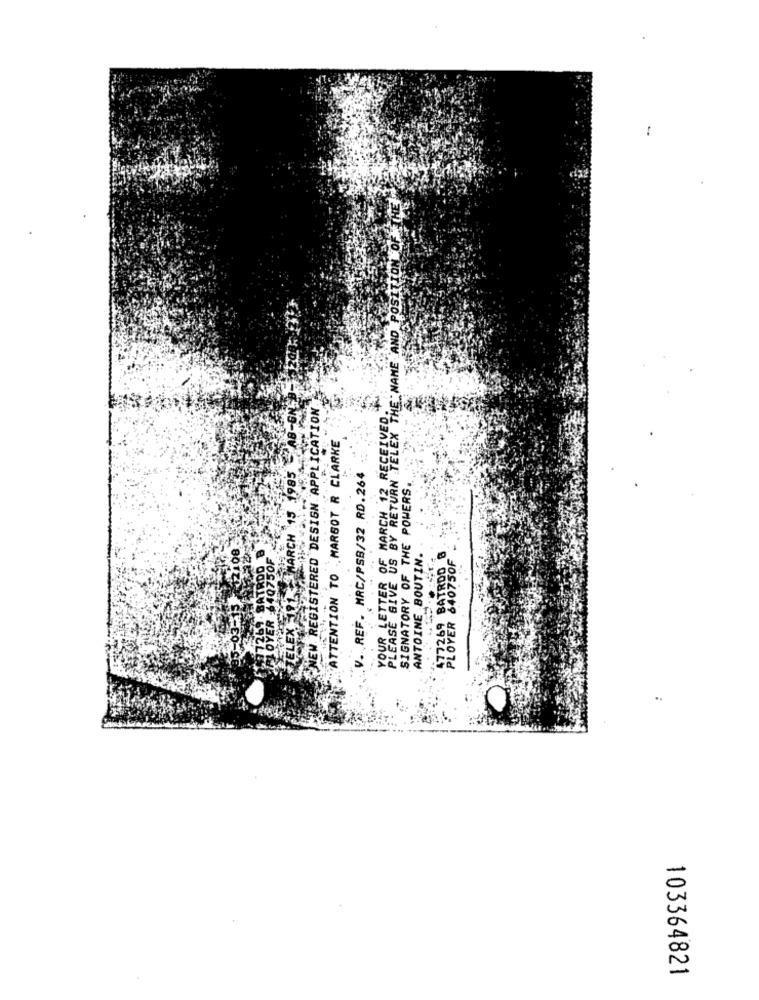
ÖN OF
PLEASE GIVE US BY RETURN TELEX THE NAME AND POST
FLEX 101 MARCH 15 1985 - AB-GN
NEW REGISTERED DESIGN APPLICATION
YOUR LETTER OF MARCH 12 RECEIVED.
ATTENTION TO MARGOT R CLARKE
.V. REF. MRC/PSB/32 RD.264
SIGNATORY OF THE POWERS.
2108
10750F
ANTOINE BOUTIN.
BATROD 8
PLOYER
103364821